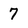
Character: 7